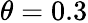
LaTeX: \theta=0.3